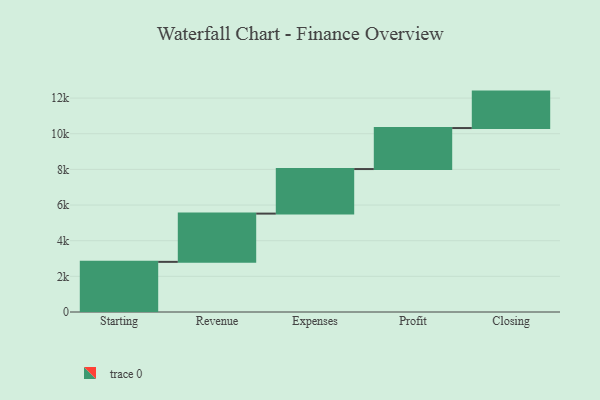
{"axis": {"x": "Step", "y": "Value"}, "legend": [""], "data": [{"x": "Starting", "y": 2813.0, "type": ""}, {"x": "Revenue", "y": 2707.0, "type": ""}, {"x": "Expenses", "y": 2499.0, "type": ""}, {"x": "Profit", "y": 2300.0, "type": ""}, {"x": "Closing", "y": 2045.0, "type": ""}]}